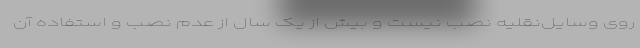
روی وسایل‌نقلیه نصب نیست و بیش از یک سال از عدم نصب و استفاده آن